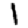
Digit: 1